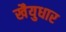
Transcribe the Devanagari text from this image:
खैयुधार